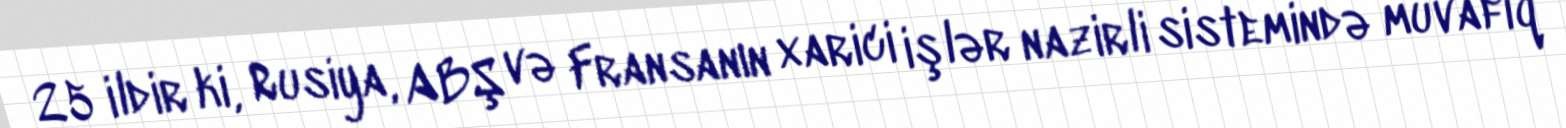
25 ildir ki, Rusiya, ABŞ və Fransanın xarici işlər nazirli sistemində müvafiq